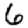
Digit: 6